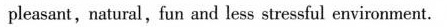
pleasant,natural,fun and less stressful environment.